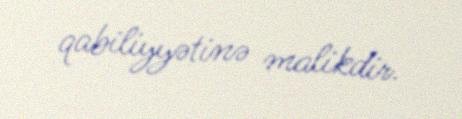
qabiliyyətinə malikdir.